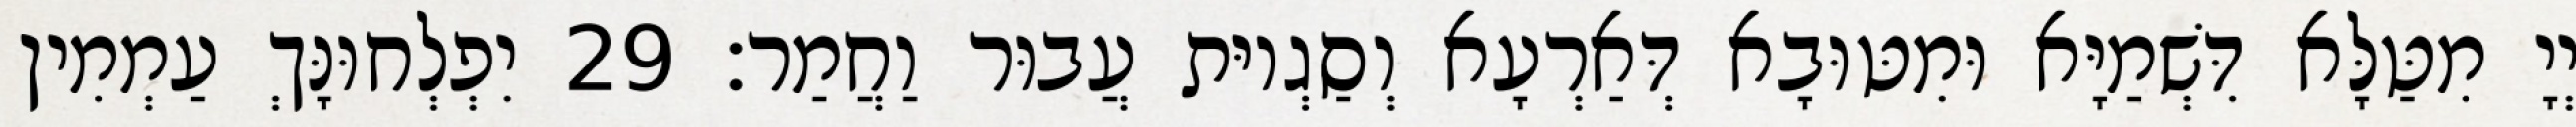
יְיָ מִטַּלָּא דִּשְׁמַיָּא וּמִטּוּבָא דְּאַרְעָא וְסַגְיוּת עֲבוּר וַחֲמַר׃ 29 יִפְלְחוּנָּךְ עַמְמִין